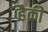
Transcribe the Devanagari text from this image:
हैकी